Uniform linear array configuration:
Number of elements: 32
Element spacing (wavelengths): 0.5
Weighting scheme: cosine
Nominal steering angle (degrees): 30
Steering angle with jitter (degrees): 30.988
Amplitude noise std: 0.05
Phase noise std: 0.05

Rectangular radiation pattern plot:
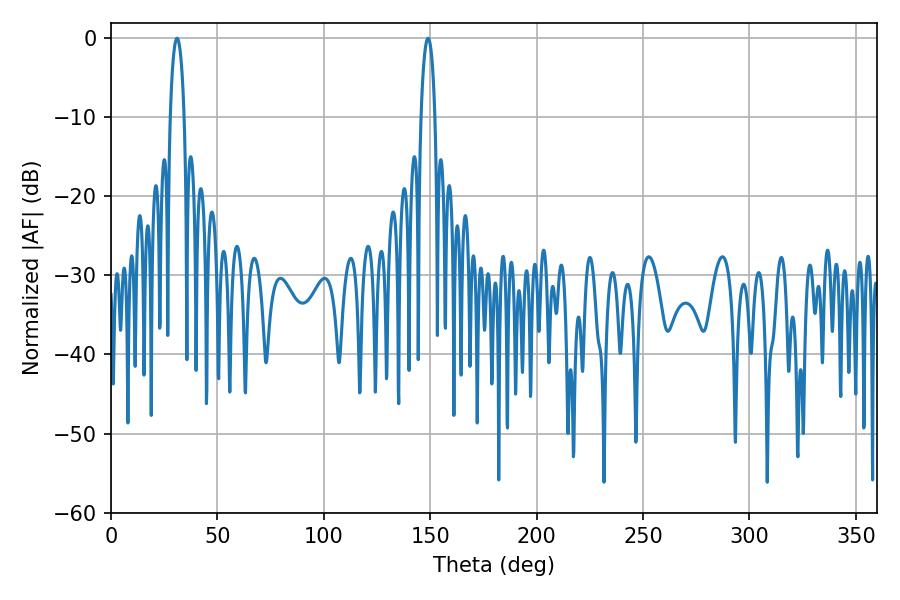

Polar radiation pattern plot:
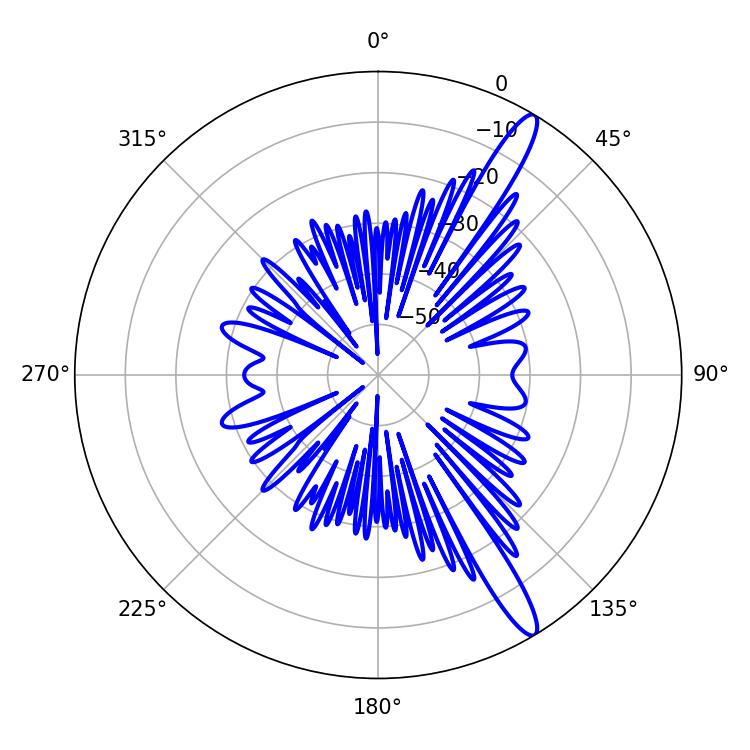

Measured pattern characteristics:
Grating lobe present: FALSE
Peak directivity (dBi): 14.248
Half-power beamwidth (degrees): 3.78
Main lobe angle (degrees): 30.96